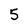
Character: 5